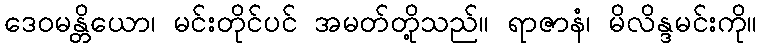
ဒေဝမန္တိယော၊ မင်းတိုင်ပင် အမတ်တို့သည်။ ရာဇာနံ၊ မိလိန္ဒမင်းကို။